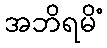
အဘိရမိံ